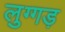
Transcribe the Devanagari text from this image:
लुग्गड़